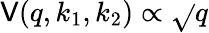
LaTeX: \mathsf{V}(q,k_{1},k_{2})\propto\sqrt{}{{q}}